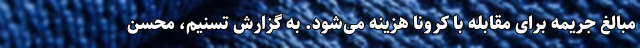
مبالغ جریمه برای مقابله با کرونا هزینه می‌شود. به گزارش تسنیم، محسن